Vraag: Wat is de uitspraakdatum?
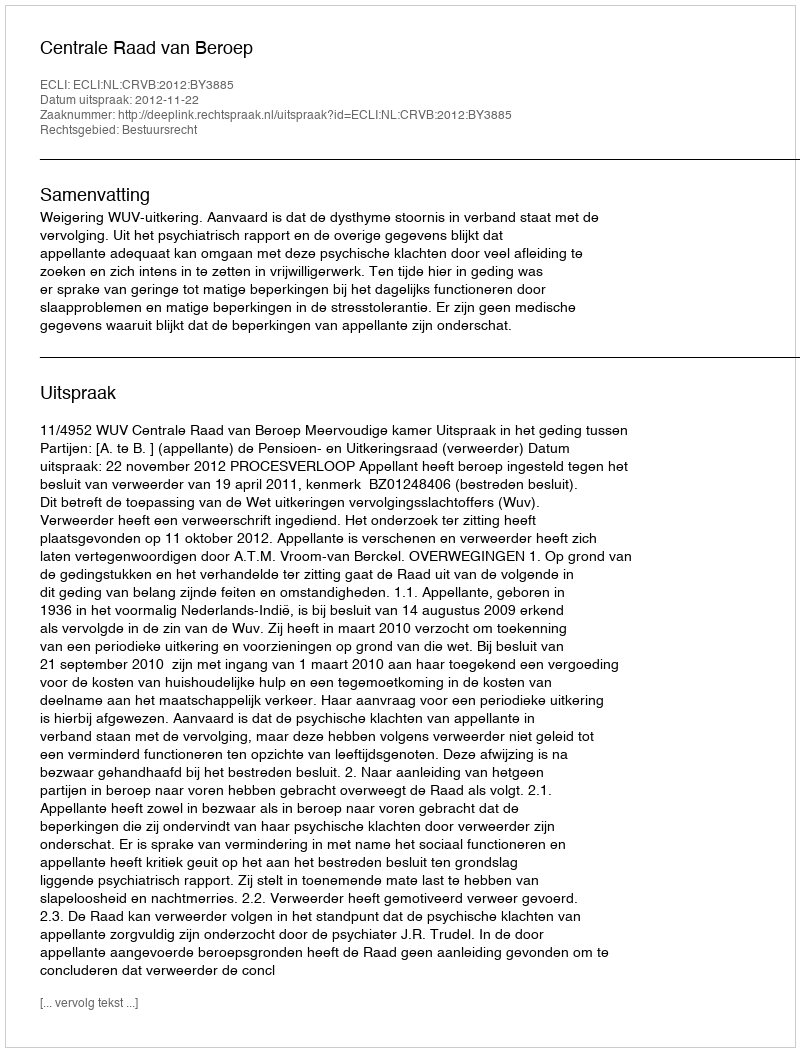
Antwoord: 2012-11-22